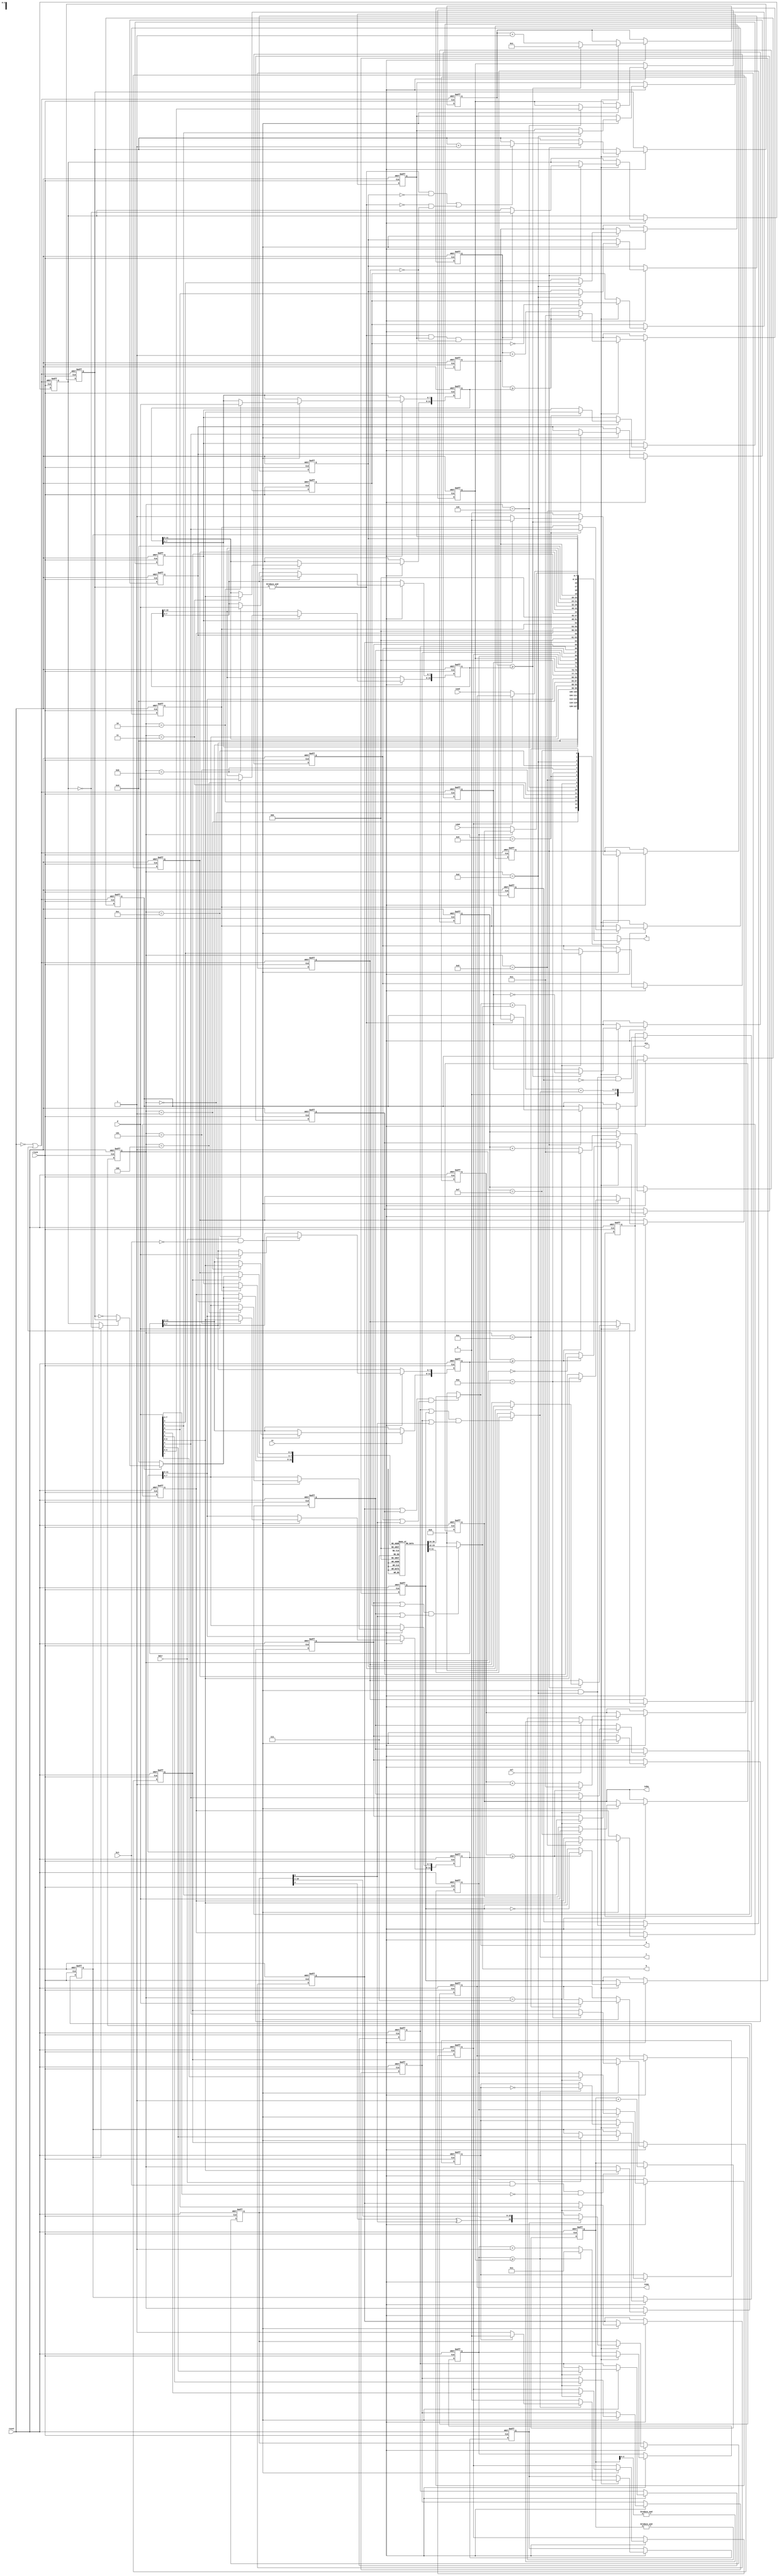
module psg
//-------------------------------------------------------------------------------------------------
(
	input  wire       clock, // main clock (at least twice clock enable)
	input  wire       sel,   // 0 for a further division by two (same a YM2149)
	input  wire       ce,    // clock enable (posedge clock)

	input  wire       reset, // active-low asynchronous reset
	input  wire       bdir,  // bus direction
	input  wire       bc1,   // bus control (bc2 is always 1)
	input  wire[ 7:0] d,     // data in
	output reg [ 7:0] q,     // data out

	output wire[11:0] a,     // audio channel a (12 bit unsigned)
	output wire[11:0] b,     // audio channel b (12 bit unsigned)
	output wire[11:0] c,     // audio channel c (12 bit unsigned)
	output wire[14:0] mix,   // mix of all three channels (14 bit unsigned)

	input  wire[ 7:0] ioad,  // io port a data in
	output wire[ 7:0] ioaq,  // io port a data out

	input  wire[ 7:0] iobd,  // io port b data in
	output wire[ 7:0] iobq   // io port b data out
);
//-------------------------------------------------------------------------------------------------

localparam ADDRMASK = 4'b0000;

// bdir bc1 (bc2 == 1)
// 0    0   idle
// 0    1   rd data
// 1    0   wr data
// 1    1   wr addr

reg[3:0] addr;
always @(posedge clock, negedge reset) 
	if(!reset) addr <= 1'd0;
	else if(ce) if(bdir && bc1 && d[7:4] == ADDRMASK) addr <= d[3:0];

//-------------------------------------------------------------------------------------------------

// R0  PPPP PPPP  channel a tone period  7..0
// R1  ---- PPPP  channel a tone period 11..8
// R2  PPPP PPPP  channel b tone period  7..0
// R3  ---- PPPP  channel b tone period 11..8
// R4  PPPP PPPP  channel c tone period  7..0
// R5  ---- PPPP  channel c tone period 11..8
// R6  ---P PPPP  noise shift period
// R7  I--- ----  io port b in/out control, in when low
//     -I-- ----  io port a in/out control, in when low
//     --C- ----  mix noise with channel c, active low
//     ---B ----  mix noise with channel b, active low
//     ---- A---  mix noise with channel a, active low
//     ---- -C--  enable channel c, active low
//     ---- --B-  enable channel b, active low
//     ---- ---A  enable channel a, active low
// R8  ---M ----  channel a mode, 0=level, 1=envelope
//     ---- LLLL  channel a level
// R9  ---M ----  channel b mode, 0=level, 1=envelope
//     ---- LLLL  channel b level
// R10 ---M ----  channel c mode, 0=level, 1=envelope
//     ---- LLLL  channel c level
// R11 PPPP PPPP  envelope period  7..0
// R12 PPPP PPPP  envelope period 15..8
// R13 ---- C---  envelope shape continue control
//     ---- -A--  envelope shape attack control
//     ---- --A-  envelope shape alternate control
//     ---- ---H  envelope shape hold control
// R14 DDDD DDDD  io port a data
// R15 DDDD DDDD  io port b data

reg[11:0] a_period, b_period, c_period;
reg[ 3:0] a_level, b_level, c_level;
reg[ 7:0] a_data, b_data;
reg[15:0] e_period;
reg[ 4:0] n_period;

reg a_mix_noise, b_mix_noise, c_mix_noise;
reg a_enable, b_enable, c_enable;
reg a_mode, b_mode, c_mode;
reg a_data_io, b_data_io;
reg e_hold, e_alternate, e_attack, e_continue;

always @(posedge clock, negedge reset) 
	if(!reset) begin
		a_data <= 1'd0;
		b_data <= 1'd0;
		a_period <= 1'd0;
		b_period <= 1'd0;
		c_period <= 1'd0;
		e_period <= 1'd0;
		n_period <= 1'd0;
		{ a_mode, a_level } <= 1'd0;
		{ b_mode, b_level } <= 1'd0;
		{ c_mode, c_level } <= 1'd0;
		{ e_continue, e_attack, e_alternate, e_hold } <= 1'd0;
		{ b_data_io, a_data_io, c_mix_noise, b_mix_noise, a_mix_noise, c_enable, b_enable, a_enable } <= 1'd0;
	end
	else if(ce) if(bdir && !bc1)
		case(addr)
			 0: a_period[ 7:0] <= d;
			 1: a_period[11:8] <= d[3:0];
			 2: b_period[ 7:0] <= d;
			 3: b_period[11:8] <= d[3:0];
			 4: c_period[ 7:0] <= d;
			 5: c_period[11:8] <= d[3:0];
			 6: n_period <= d[4:0];
			 7: { b_data_io, a_data_io, c_mix_noise, b_mix_noise, a_mix_noise, c_enable, b_enable, a_enable } <= d;
			 8: { a_mode, a_level } <= d[4:0];
			 9: { b_mode, b_level } <= d[4:0];
			10: { c_mode, c_level } <= d[4:0];
			11: e_period[ 7:0] <= d;
			12: e_period[15:8] <= d;
			13: { e_continue, e_attack, e_alternate, e_hold } <= d[3:0];
			14: a_data <= d;
			15: b_data <= d;
		endcase

always @(*)
	case(addr)
		 0: q = a_period[ 7:0];
		 1: q = { 4'd0, a_period[11:8] };
		 2: q = b_period[ 7:0];
		 3: q = { 4'd0, b_period[11:8] };
		 4: q = c_period[ 7:0];
		 5: q = { 4'd0, c_period[11:8] };
		 6: q = { 3'd0, n_period };
		 7: q = { b_data_io, a_data_io, c_mix_noise, b_mix_noise, a_mix_noise, c_enable, b_enable, a_enable };
		 8: q = { 3'd0, a_mode, a_level };
		 9: q = { 3'd0, b_mode, b_level };
		10: q = { 3'd0, c_mode, c_level };
		11: q = e_period[ 7:0];
		12: q = e_period[15:8];
		13: q = { e_continue, e_attack, e_alternate, e_hold };
		14: q = a_data_io ? a_data : ioad;
		15: q = b_data_io ? b_data : iobd;
	endcase

//-------------------------------------------------------------------------------------------------

reg[3:0] cc;
wire stb = sel ? &cc[2:0] : &cc[3:0];
always @(negedge clock, negedge reset)
	if(!reset) cc <= 1'd0;
	else if(ce) cc <= cc+1'd1;

//-------------------------------------------------------------------------------------------------

reg[11:0] a_count;
wire a_count_ge = a_count >= a_period;
always @(posedge clock, negedge reset)
	if(!reset) a_count <= 12'd1;
	else if(ce) if(stb) if(a_count_ge) a_count <= 12'd1; else a_count <= a_count+1'd1;

reg a_ff;
always @(posedge clock, negedge reset)
	if(!reset) a_ff <= 1'b1;
	else if(ce) if(stb) if(a_count_ge) a_ff <= ~a_ff;

//-------------------------------------------------------------------------------------------------

reg[11:0] b_count;
wire b_count_ge = b_count >= b_period;
always @(posedge clock, negedge reset)
	if(!reset) b_count <= 12'd1;
	else if(ce) if(stb) if(b_count_ge) b_count <= 12'd1; else b_count <= b_count+1'd1;

reg b_ff;
always @(posedge clock, negedge reset)
	if(!reset) b_ff <= 1'b1;
	else if(ce) if(stb) if(b_count_ge) b_ff <= ~b_ff;

//-------------------------------------------------------------------------------------------------

reg[11:0] c_count;
wire c_count_ge = c_count >= c_period;
always @(posedge clock, negedge reset)
	if(!reset) c_count <= 12'd1;
	else if(ce) if(stb) if(c_count_ge) c_count <= 12'd1; else c_count <= c_count+1'd1;

reg c_ff;
always @(posedge clock, negedge reset)
	if(!reset) c_ff <= 1'b1;
	else if(ce) if(stb) if(c_count_ge) c_ff <= ~c_ff;

//-------------------------------------------------------------------------------------------------

reg  r13wd, r13wp;
wire e_reset = !reset || r13wp;
wire r13w = bdir && !bc1 && addr == 13;
always @(posedge clock, negedge reset)
	if(!reset) { r13wd, r13wp } <= 1'd0;
	else if(ce) begin r13wd <= r13w; r13wp <= r13w && !r13wd; end

reg[15:0] e_count;
wire e_count_ge = e_count >= e_period;
always @(posedge clock, posedge e_reset)
	if(e_reset) e_count <= 1'd1;
	else if(ce) if(stb) if(e_count_ge) e_count <= 1'd1; else e_count <= e_count+1'd1;

reg e_ff;
always @(posedge clock, posedge e_reset)
	if(e_reset) e_ff <= 1'b1;
	else if(ce) if(stb) if(e_count_ge) e_ff <= ~e_ff;

reg e_ff_p;
always @(posedge clock, posedge e_reset)
	if(e_reset) e_ff_p <= 1'b0;
	else if(ce) if(stb) begin e_ff_p <= 1'b0; if(e_count_ge) if(!e_ff) e_ff_p <= 1'b1; end

reg v_continue;
always @(posedge clock, posedge e_reset)
	if(e_reset) v_continue <= 1'b1;
	else if(ce) if(stb) if(e_ff_p) if(&sc) v_continue <= e_continue;

reg v_attack;
always @(posedge clock, posedge e_reset)
	if(e_reset) v_attack <= 1'b0;
	else if(ce) if(stb) if(e_ff_p) if(&sc && e_alternate && !v_hold) v_attack <= ~v_attack;

reg v_hold;
always @(posedge clock, posedge e_reset)
	if(e_reset) v_hold <= 1'b0;
	else if(ce) if(stb) if(e_ff_p) if(&sc) v_hold <= e_hold;

reg[3:0] sc;
always @(posedge clock, posedge e_reset)
	if(e_reset) sc <= 1'd0;
	else if(ce) if(stb) if(e_ff_p) if((&sc && !e_hold) || (!(&sc) && !v_hold)) sc <= sc+1'd1;

wire env_s = e_attack ? ~v_attack : v_attack;
wire[3:0] e_level = !v_continue ? 1'd0 : !env_s ? ~sc : sc;

//-------------------------------------------------------------------------------------------------

reg[4:0] n_count;
wire n_count_ge = n_count >= n_period;
always @(posedge clock, negedge reset)
	if(!reset) n_count <= 1'd1;
	else if(ce) if(stb) if(n_count_ge) n_count <= 1'd1; else n_count <= n_count+1'd1;

reg n_ff;
always @(posedge clock, negedge reset)
	if(!reset) n_ff <= 1'b1;
	else if(ce) if(stb) if(n_count_ge) n_ff <= ~n_ff;

reg n_ff_p;
always @(posedge clock, negedge reset)
	if(!reset) n_ff_p <= 1'b0;
	else if(ce) if(stb) begin n_ff_p <= 1'b0; if(n_count_ge) if(!n_ff) n_ff_p <= 1'b1; end

reg[16:0] n_lfsr;
wire n_bit = n_lfsr[0];
always @(posedge clock, negedge reset)
	if(!reset) n_lfsr <= 17'b1_0000_0000_0000_0000;
	else if(ce) if(stb) if(n_ff_p) n_lfsr <= { n_lfsr[3]^n_lfsr[0], n_lfsr[16:1] };

//-------------------------------------------------------------------------------------------------

reg[11:0] dac[0:15]; // -3 dB steps, value = 4095*10^(-3*(15-N)/20)
initial begin
//	dac[ 0] = 12'h017;
	dac[ 0] = 12'h000; dac[ 1] = 12'h021; dac[ 2] = 12'h02E; dac[ 3] = 12'h041;
	dac[ 4] = 12'h05C; dac[ 5] = 12'h081; dac[ 6] = 12'h0B7; dac[ 7] = 12'h102;
	dac[ 8] = 12'h16D; dac[ 9] = 12'h204; dac[10] = 12'h2D8; dac[11] = 12'h405;
	dac[12] = 12'h5AD; dac[13] = 12'h804; dac[14] = 12'hB53; dac[15] = 12'hFFF;
end

//-------------------------------------------------------------------------------------------------

assign a = (a_enable | a_ff) & (a_mix_noise | n_bit) ? dac[a_mode ? e_level : a_level] : 1'd0;
assign b = (b_enable | b_ff) & (b_mix_noise | n_bit) ? dac[b_mode ? e_level : b_level] : 1'd0;
assign c = (c_enable | c_ff) & (c_mix_noise | n_bit) ? dac[c_mode ? e_level : c_level] : 1'd0;

assign ioaq = a_data;
assign iobq = b_data;

assign mix = { 3'd0, a }+{ 3'd0, b }+{ 3'd0, c };

//-------------------------------------------------------------------------------------------------
endmodule